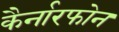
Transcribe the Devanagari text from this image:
कैर्नारफोन